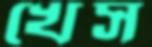
খেস